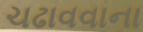
ચઢાવવાના